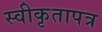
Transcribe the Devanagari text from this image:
स्वीकृतापत्र